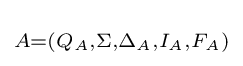
\scriptstyle A=(Q_{A},\Sigma ,\Delta _{A},I_{A},{F}_{A})